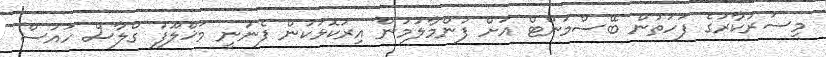
މިސަރުކާރުގެ ފަހަތުން ބޭސްމަންޓް އަށް ފުންމާލުމުން އިރުކޮޅަކުން ފެނުނީ މަޚްލޫފު ގްލާސް ހައުސް